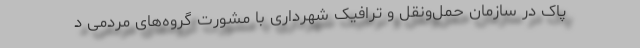
پاک در سازمان حمل‌ونقل و ترافیک شهرداری با مشورت گروه‌های مردمی د